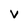
Character: v